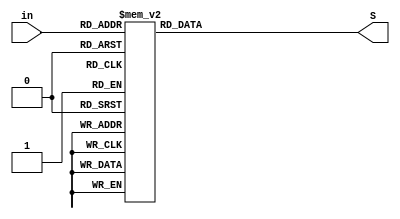
module decodificador(in, S);
	input [3:0]in;
	output [7:0]S;
	reg [7:0]S;

	
	always@(*)
		begin 
			case(in)
				4'b0000: S = ~(7'b1111110);
				4'b0001: S = ~(7'b0110000);
				4'b0010: S = ~(7'b1101101);
				4'b0011: S = ~(7'b1111001);
				4'b0100: S = ~(7'b0110011);
				4'b0101: S = ~(7'b1011011);
				4'b0110: S = ~(7'b1011111);
				4'b0111: S = ~(7'b1110000);
				4'b1000: S = ~(7'b1111111);
				4'b1001: S = ~(7'b1111011);
				4'b1010: S = ~(7'b1110111); // A
				4'b1011: S = ~(7'b0011111); // B
				4'b1100: S = ~(7'b1001110); // C
				4'b1101: S = ~(7'b0111101); // D
				4'b1110: S = ~(7'b1001111); // E
				4'b1111: S = ~(7'b1000111); // F
				
				default: S = ~(7'b0000000);
			endcase
		end
endmodule